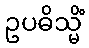
ဥပဓိသ္မိံ